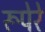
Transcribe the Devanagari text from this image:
रूपेरे